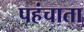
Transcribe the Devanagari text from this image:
पहंचाता